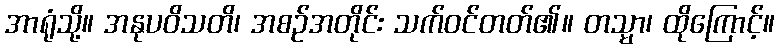
အာရုံသို့။ အနုပဝိသတိ၊ အစဉ်အတိုင်း သက်ဝင်တတ်၏။ တသ္မာ၊ ထိုကြောင့်။